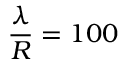
\frac { \lambda } { R } = 1 0 0